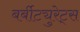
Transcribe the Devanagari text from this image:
बर्बीट्युरेट्स